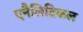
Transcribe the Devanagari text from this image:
एनैलिटिकल